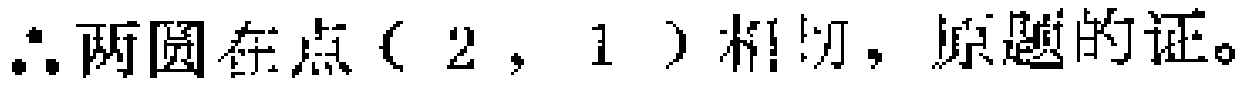
$\therefore$两圆在点$(2,1)$相切，原题得证。